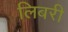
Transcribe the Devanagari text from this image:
लिबरी